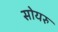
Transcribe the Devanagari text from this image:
सोयरु